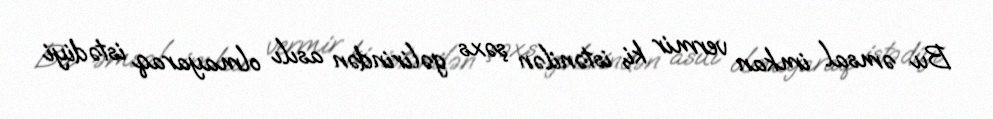
Bu əmsal imkan vermir ki, istənilən şəxs gəlirindən asılı olmayaraq istədiyi